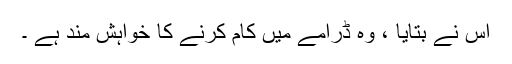
اُس نے بتایا ، وہ ڈرامے میں کام کرنے کا خواہش مند ہے ۔